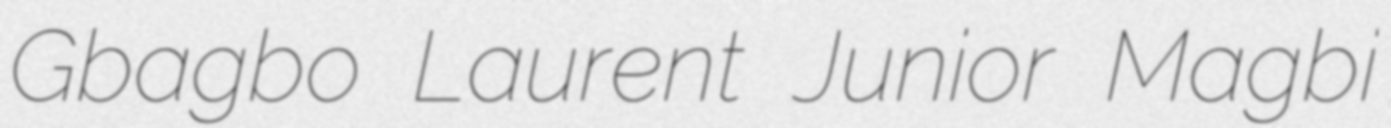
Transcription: Gbagbo Laurent Junior Magbi